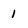
Character: 1